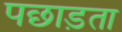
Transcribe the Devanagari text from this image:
पछाड़ता